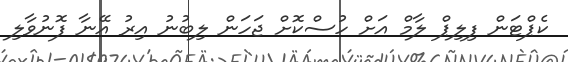
ކެޕްޓަން ފިލިޕް ލާމް އަށް ހުސްކޮށް ޖަހަން ލިބުނު އިރު އޭނާ ފޮނުވާލި